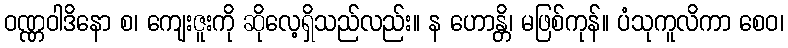
ဝဏ္ဏဝါဒိနော စ၊ ကျေးဇူးကို ဆိုလေ့ရှိသည်လည်း။ န ဟောန္တိ၊ မဖြစ်ကုန်။ ပံသုကူလိကာ စေဝ၊